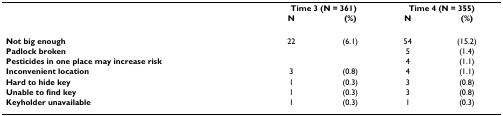
<table><thead><tr><td></td><td colspan="2"><b>Time 3 (N = 361)</b></td><td colspan="2"><b>Time 4 (N = 355)</b></td></tr><tr><td></td><td><b>N</b></td><td><b>(%)</b></td><td><b>N</b></td><td><b>(%)</b></td></tr></thead><tbody><tr><td><b>Not big enough</b></td><td>22</td><td>(6.1)</td><td>54</td><td>(15.2)</td></tr><tr><td><b>Padlock broken</b></td><td></td><td></td><td>5</td><td>(1.4)</td></tr><tr><td><b>Pesticides in one place may increase risk</b></td><td></td><td></td><td>4</td><td>(1.1)</td></tr><tr><td><b>Inconvenient location</b></td><td>3</td><td>(0.8)</td><td>4</td><td>(1.1)</td></tr><tr><td><b>Hard to hide key</b></td><td>1</td><td>(0.3)</td><td>3</td><td>(0.8)</td></tr><tr><td><b>Unable to find key</b></td><td>1</td><td>(0.3)</td><td>3</td><td>(0.8)</td></tr><tr><td><b>Keyholder unavailable</b></td><td>1</td><td>(0.3)</td><td>1</td><td>(0.3)</td></tr></tbody></table>